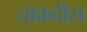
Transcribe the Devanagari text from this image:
ताकदीस